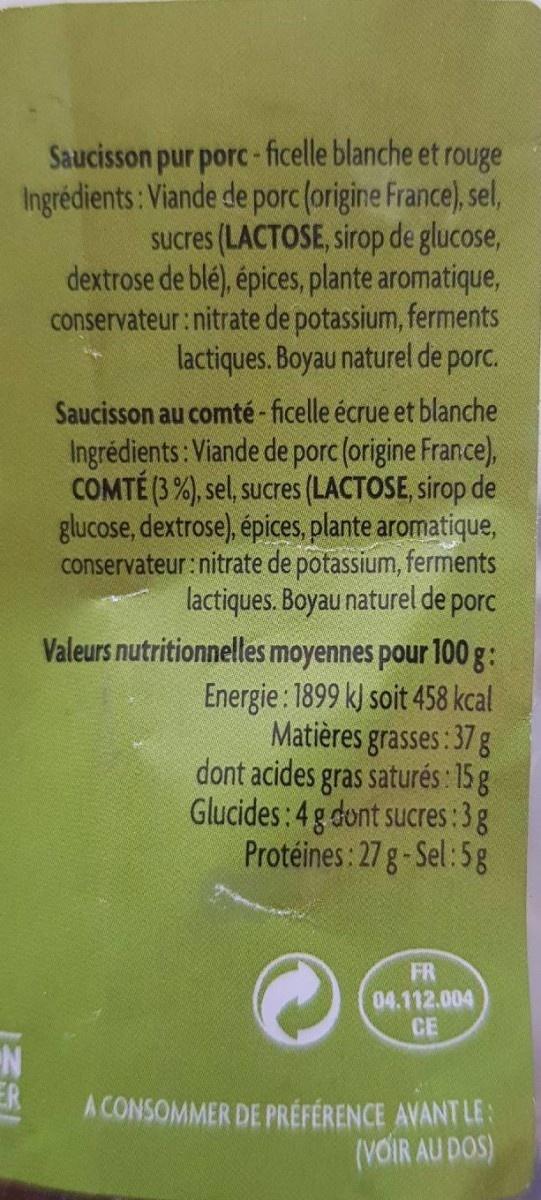
Saucisson pur porc-ficelle blanche et rouge Ingrédients: Viande de porc (origine France), sel, Sucres (LACTOSE, sirop de glucose, dextrose de blé), épices, plante aromatique, conservateur:nitrate de potassium, ferments lactiques. Boyau naturel de porc.
Saucisson au comté- ficelle écrue et blanche Ingrédients: Viande de porc (origine Fran.ce), COMTÉ (3 %), sel, sucres (LACTOSE, sirop de glucose, dextrose), épices, plante aromatique, conservateur:nitrate de potassium, ferments lactiques. Boyau naturel de porc Valeurs nutritionnelles moyennes pour 100 g: Energie : 1899 k) soit 458 kcal Matières grasses: 37 g dont acides gras saturés : 15 g Glucides: 4 g dont sucres : 3g Protéines: 27 g-Sel:5g
FR 04.112.004 CE
ER
A CONSOMMER DE PRÉFÉRENCE AVANT LE: (VOIR AU DOS)